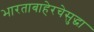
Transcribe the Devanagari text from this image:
भारताबाहेरचेसुद्धा